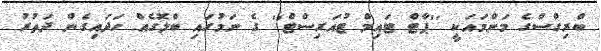
ބްރިގްސްގެ މަންމައަކީ ''ޕާޓް ޓައިމް ޓުއަރިސްޓް'' ގެ ނަމުގައި ބްލޮގެއް ހަދައިގެން ދަތުރު